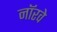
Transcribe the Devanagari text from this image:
नाॅरवे